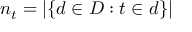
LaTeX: n _ { t } = | \{ d \in D : t \in d \} |